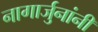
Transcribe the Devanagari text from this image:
नागार्जुनांनी